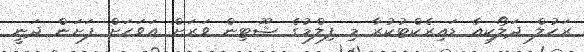
ރަހުލް ދަލޯކިއާ ޑައިރެކްޓުކުރާ މި ފިލްމުގެ ޝޫޓިން ވަރަށް އަވަހަށް ފަށަން ދަނީ